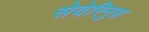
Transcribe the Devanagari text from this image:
सेवेरिनुस